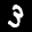
Label: 3